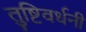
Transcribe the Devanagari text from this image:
तुष्टिवर्धनी